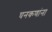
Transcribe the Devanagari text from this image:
घनकणांना